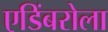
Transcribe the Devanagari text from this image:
एडिंबरोला